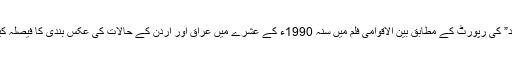
اخبار "الغد” کی رپورٹ کے مطابق بین الاقوامی فلم میں سنہ 1990ء کے عشرے میں عراق اور اردن کے حالات کی عکس بندی کا فیصلہ کیا گیا ہے۔